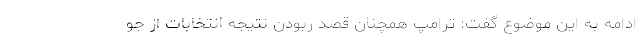
ادامه به این موضوع گفت: ترامپ همچنان قصد ربودن نتیجه انتخابات از جو